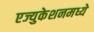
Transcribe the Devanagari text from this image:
एज्युकेशनमध्ये